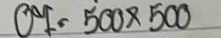
07 = 500 x 500